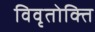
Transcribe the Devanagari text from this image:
विवृतोक्ति